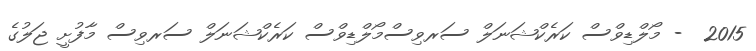
2015  - މޯލްޑިވްސް ކަރެކްޝަނަލް ސަރވިސްމޯލްޑިވްސް ކަރެކްޝަނަލް ސަރވިސް މާފުށީ ޖަލުގެ